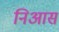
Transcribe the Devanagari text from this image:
निआस